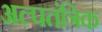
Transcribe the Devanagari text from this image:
अल्पतंत्रिक